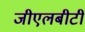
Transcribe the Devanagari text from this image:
जीएलबीटी